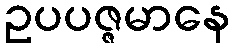
ဥပပဇ္ဇမာနေ